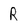
Character: R